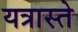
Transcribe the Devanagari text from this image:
यत्रास्ते